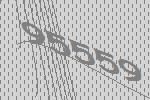
95559